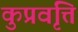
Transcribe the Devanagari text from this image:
कुप्रवृत्ति